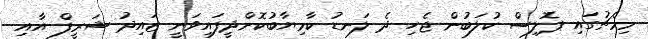
މިމެޗުގައި ޕޮލިސް ކުލަބުން ޖެހި ދެ ލަނޑު ކާމިޔާބުކޮށްދީފައިވަނީ ޒައިދު ޝަރީފް އާއި